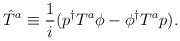
\begin{align*}\hat{T}^a \equiv \frac{1}{i} (p^\dagger T^a \phi - \phi^\dagger T^a p).\end{align*}